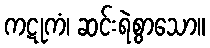
ကဋုကံ၊ ဆင်းရဲစွာသော။